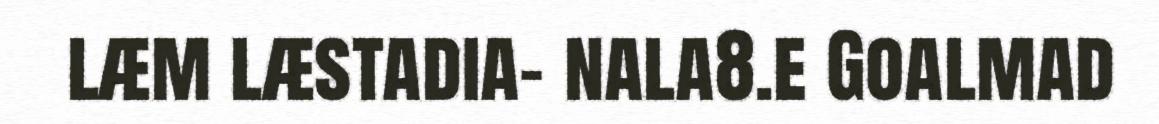
læm læstadia- nala8.e Goalmad